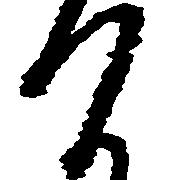
つ